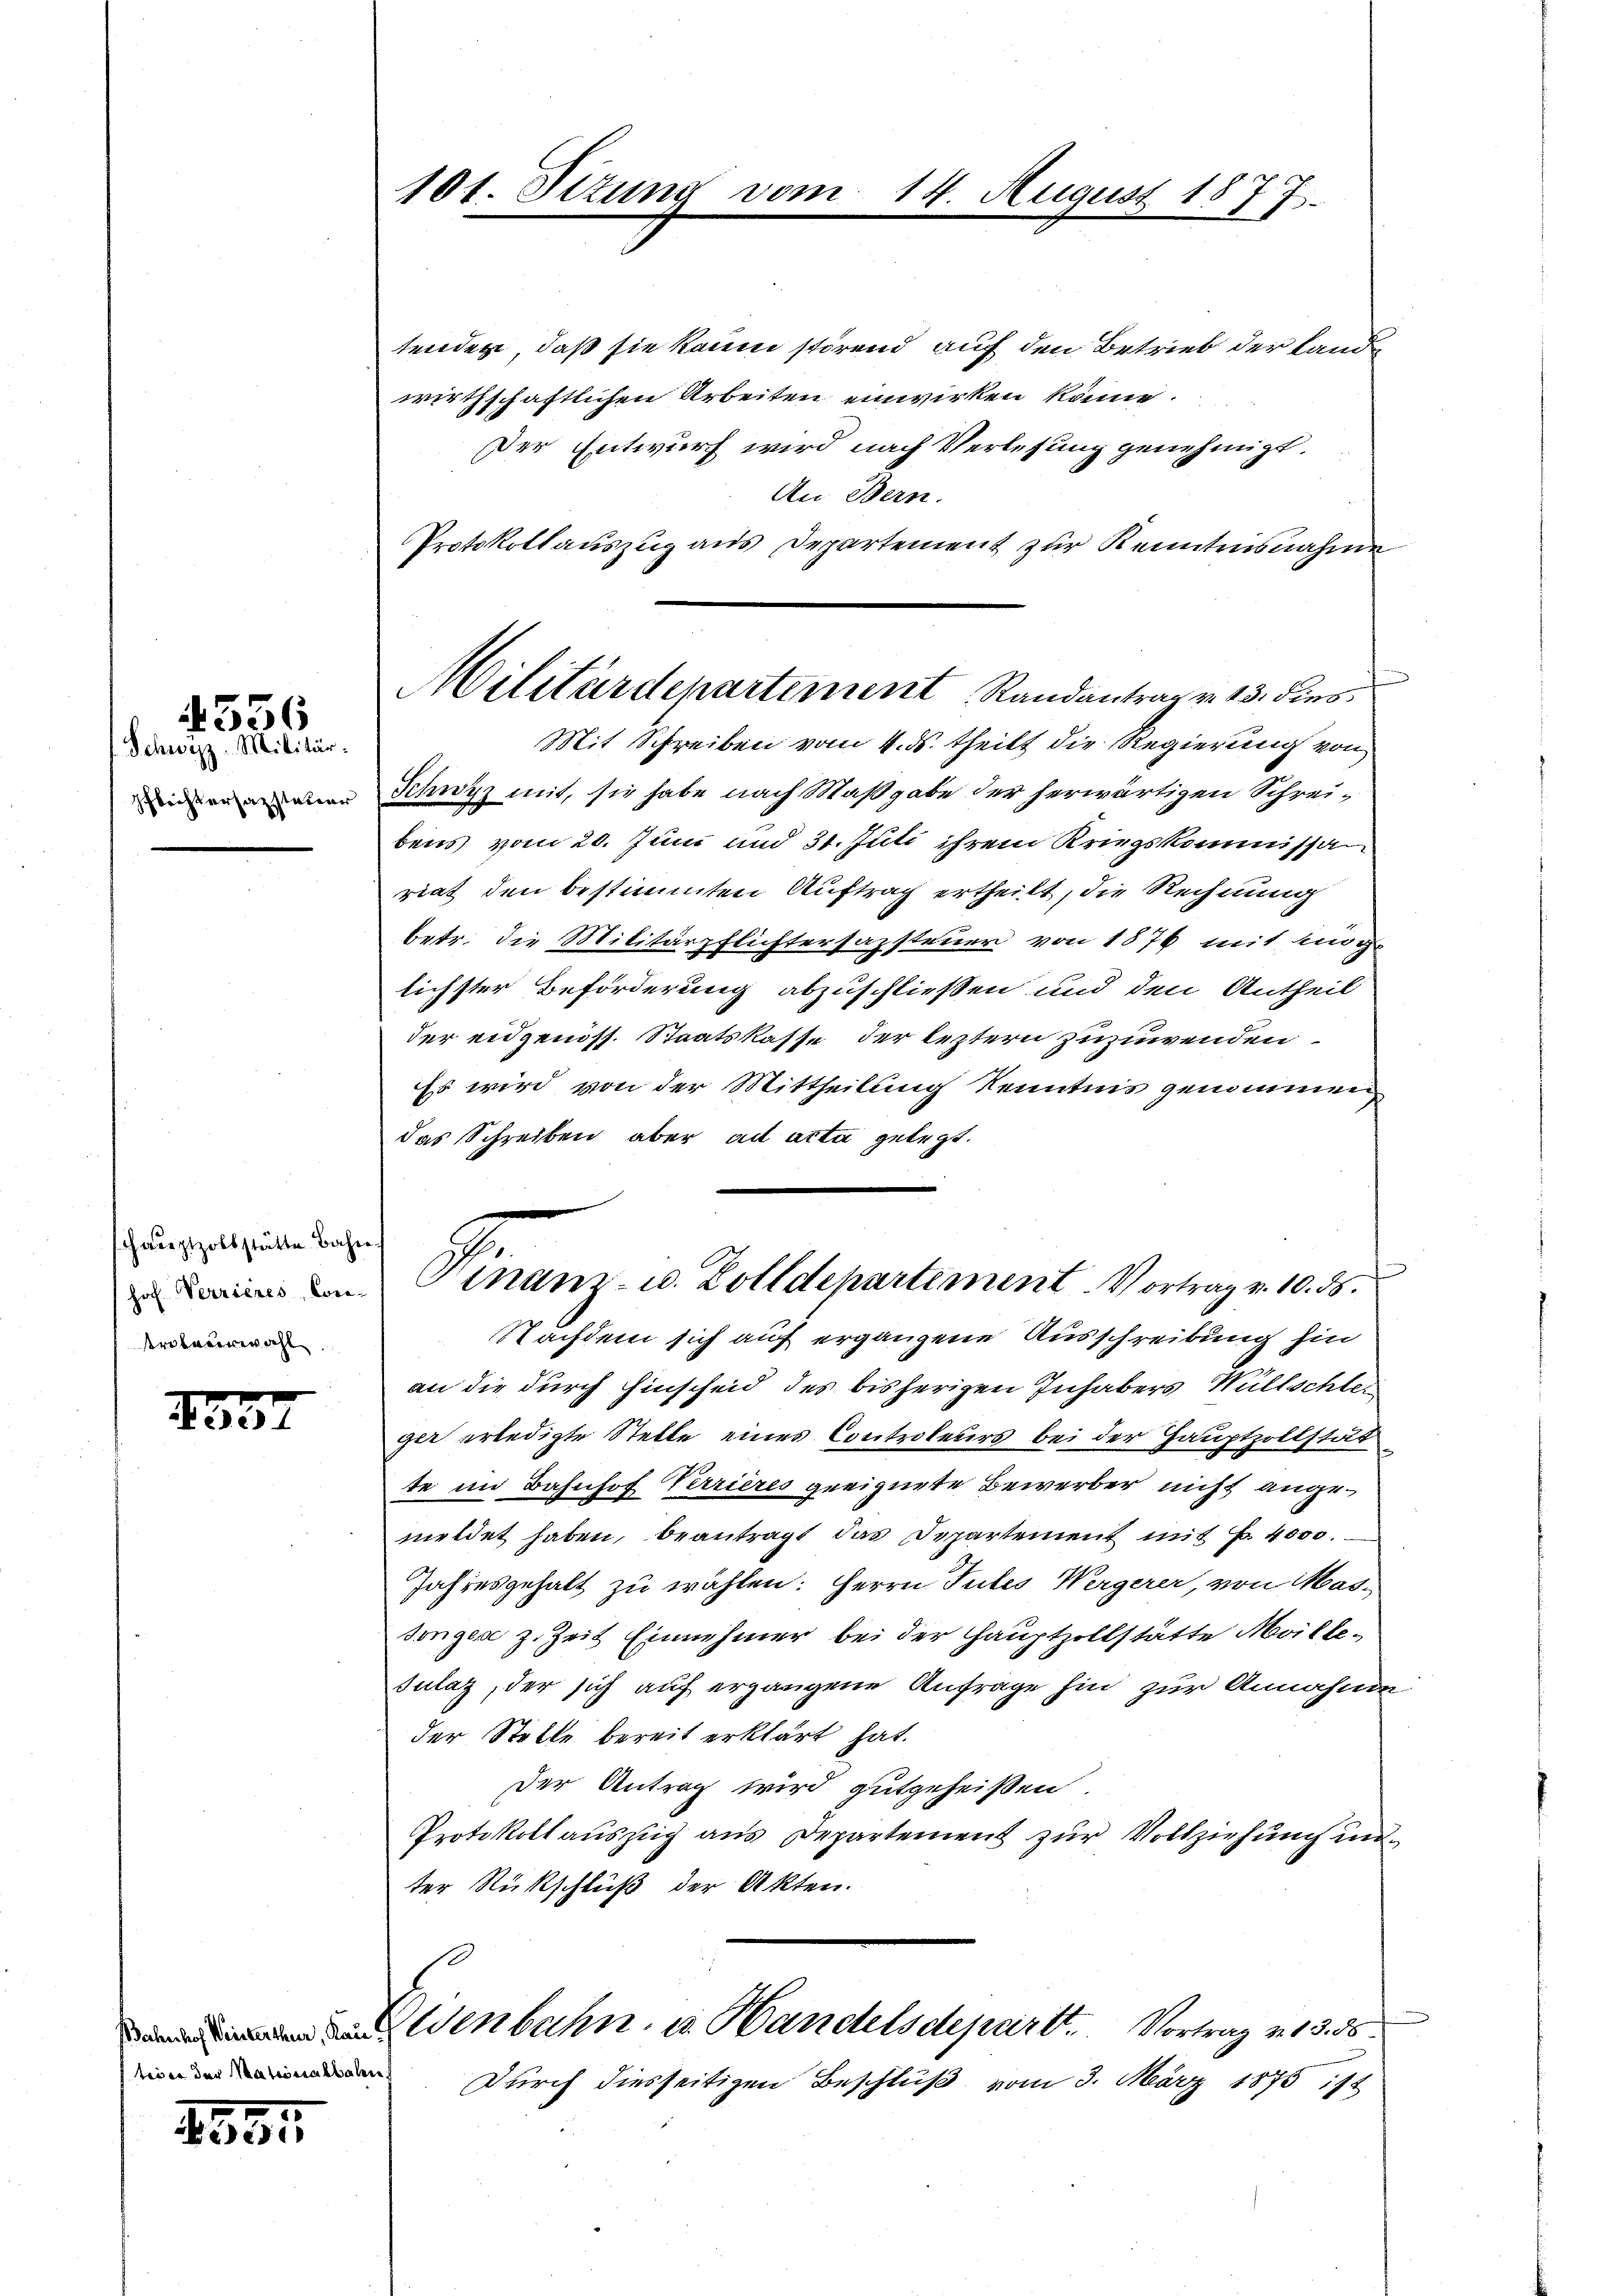
101. Sitzung von

14. August 1877.

tenden, daß sie kaum störend auf den Betrieb der Landwirthschaftlichen Arbeiten einwirken könne.
Der Entwurf wird nach Verlesung genehmigt.
An Bern.
Protokollauszug aus Departement zur Kenntnisnahme
Schwyz mit, sie habe nach Maßgabe der herwärtigen Schreibens vom 20. Juni und 31. Juli ihrem Kriegskommissan
riat den bestimmten Auftrag ertheilt, die Rechnung
betr. die Militärpflichtersazsteuer von 1876 mit mög-
lichster Beförderung abzuschließen und den Antheil
der eidgenöss. Staatskasse, der leztern zuzuwenden
Es wird von der Mittheilung Kenntnis genommen
das Schreiben aber ad acta gelegt.
Finanz- u. Zolldepartement. Vortrag v. 10. ds.
Nachdem sich auf ergangene Ausschreibung hin
an die durch Einscheid des bisherigen Inhabers Wüllschler
ger erledigte Stelle eines Controleurs bei der Hauptzollstät
te im Bahnhof Verrieres geeignete Bewerber nicht angemeldet haben, beantragt das Departement mit No. 4000.
Jahresgehalt zu wählen: Herrn Tutes Wergerer, von Mas-
songes z. Zeit Einnehmer bei der Hauptzollstätte Meille¬
Julaz, der sich auf ergangene Anfrage hin zur Annahme
der Stelle bereit erklärt hat.
Der Antrag wird gutgeheißen.
Protokoll aŭszŭg ans Departement zŭr Vollziehŭng un-
ter Rückschluß der Akten.
Eldenbahn u. Handelsdepart. Vortrag v. 13. 5
Durch diesseitigen Beschluß vom 3. März 1875 ist

Militärdepartement Randantrag v. 13. Fens
Mit Schreiben vom 4. ds. theilt die Regierung von

4556

Schwyz-Militär.
Pflichtersanstateur

Hauptzollstätte Bah
hof Verrieres Con-
Ardbeerwähl

1557

tion der Mationalbahn

1555